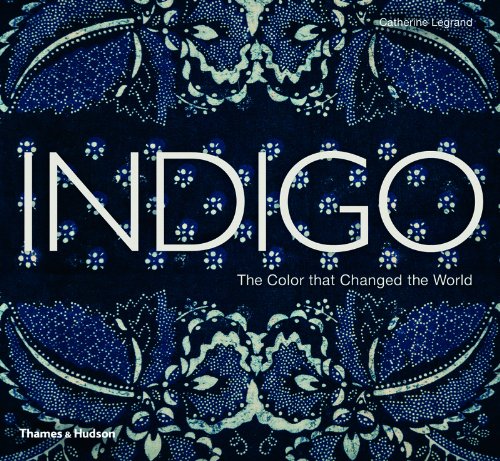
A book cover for Indigo: The Color that Changed the World; Catherine Legrand; Arts & Photography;